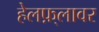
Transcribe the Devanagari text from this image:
हेलफ़्लावर